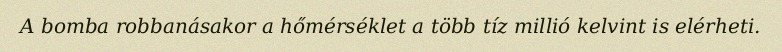
A bomba robbanásakor a hőmérséklet a több tíz millió kelvint is elérheti.